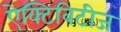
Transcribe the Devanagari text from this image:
ऐक्टिविटीज